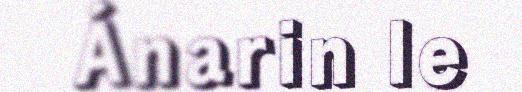
Ánarin le